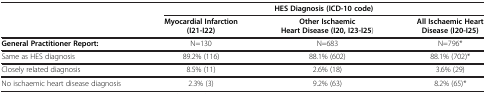
|  | <COLSPAN=3> HES Diagnosis (ICD-10 code) |
 | --- | --- | --- | --- |
 |  | Myocardial Infarction (I21-I22) | Other Ischaemic Heart Disease (I20, I23-I25) | All Ischaemic Heart Disease (I20-I25) |
 | General Practitioner Report: | N=130 | N=683 | N=796* |
 | Same as HES diagnosis | 89.2% (116) | 88.1% (602) | 88.1% (702)* |
 | Closely related diagnosis | 8.5% (11) | 2.6% (18) | 3.6% (29) |
 | No ischaemic heart disease diagnosis | 2.3% (3) | 9.2% (63) | 8.2% (65)* |